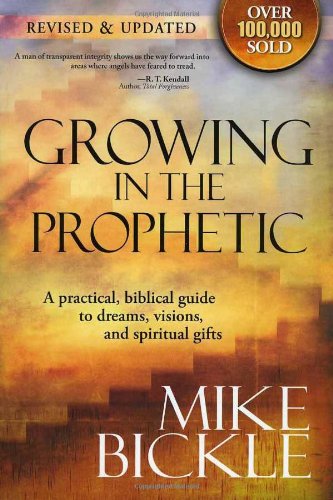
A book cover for Growing In The Prophetic: A practical biblical guide to dreams, visions, and spiritual gifts; Mike Bickle; Christian Books & Bibles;